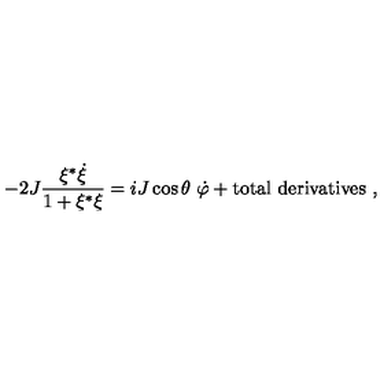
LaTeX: - 2 J { \frac { \xi ^ { * } \dot { \xi } } { 1 + \xi ^ { * } \xi } } = i J \cos \theta \ \dot { \varphi } + \mathrm { t o t a l \ d e r i v a t i v e s } \ ,